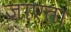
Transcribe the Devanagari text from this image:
जाएत।